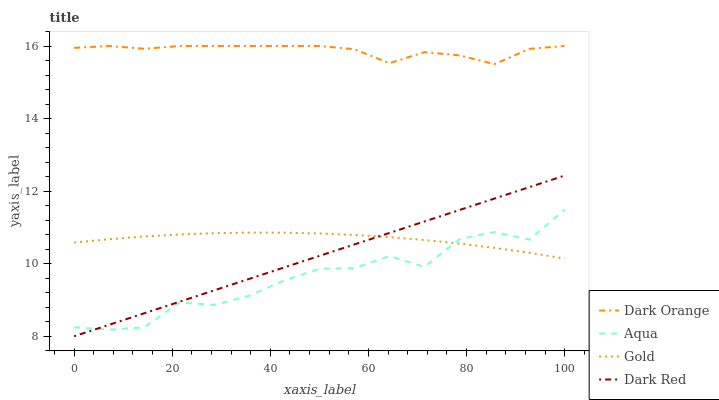
| xaxis_label | Dark Orange | Aqua | Gold | Dark Red |
 | --- | --- | --- | --- | --- |
 | 0 | 15.9 | 8.25 | 10.6 | 8 |
 | 7.14 | 16 | 8.18 | 10.7 | 8.32 |
 | 14.3 | 15.9 | 8.25 | 10.7 | 8.63 |
 | 21.4 | 16 | 8.93 | 10.8 | 8.95 |
 | 28.6 | 16 | 8.87 | 10.8 | 9.27 |
 | 35.7 | 16 | 9.12 | 10.9 | 9.58 |
 | 42.9 | 16 | 9.54 | 10.9 | 9.9 |
 | 50 | 16 | 9.86 | 10.8 | 10.2 |
 | 57.1 | 15.9 | 9.88 | 10.8 | 10.5 |
 | 64.3 | 15.5 | 10.2 | 10.7 | 10.8 |
 | 71.4 | 15.8 | 9.91 | 10.7 | 11.2 |
 | 78.6 | 15.7 | 10.7 | 10.6 | 11.5 |
 | 85.7 | 15.5 | 10.9 | 10.4 | 11.8 |
 | 92.9 | 15.9 | 10.7 | 10.3 | 12.1 |
 | 100 | 16 | 11.5 | 10.1 | 12.4 |